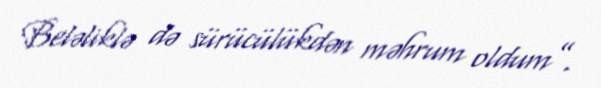
Beləliklə də sürücülükdən məhrum oldum”.